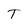
Character: T